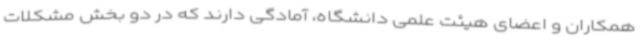
همکاران و اعضای هیئت علمی دانشگاه، آمادگی دارند که در دو بخش مشکلات